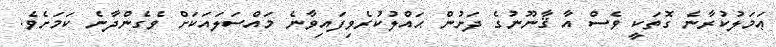
ޢަމަލުކުރާނެ ގޮތަކީ ވެސް އާ ޤާނޫނުގެ ދަށުން ޙައްލުކުރެވިފައިވާނެ މައްސަލައަކަށް ވެގެންދާނެ ކަމަށެވެ.